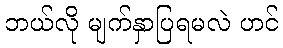
ဘယ်လို မျက်နှာပြရမလဲ ဟင်